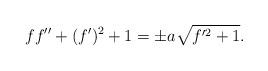
LaTeX: \begin{align*} f f''+(f')^2 + 1= \pm a \sqrt{f'^2 + 1}.\end{align*}